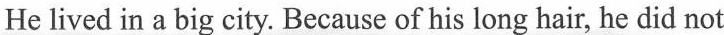
He lived in a big city. Because of his long hair, he did not